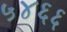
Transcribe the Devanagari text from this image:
५४६६